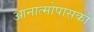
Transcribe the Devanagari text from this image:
आनात्मोपासकों